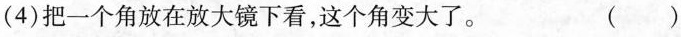
(4)把一个角放在放大镜下看，这个角变大了。 ( )